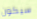
سيكون